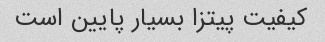
کیفیت پیتزا بسیار پایین است